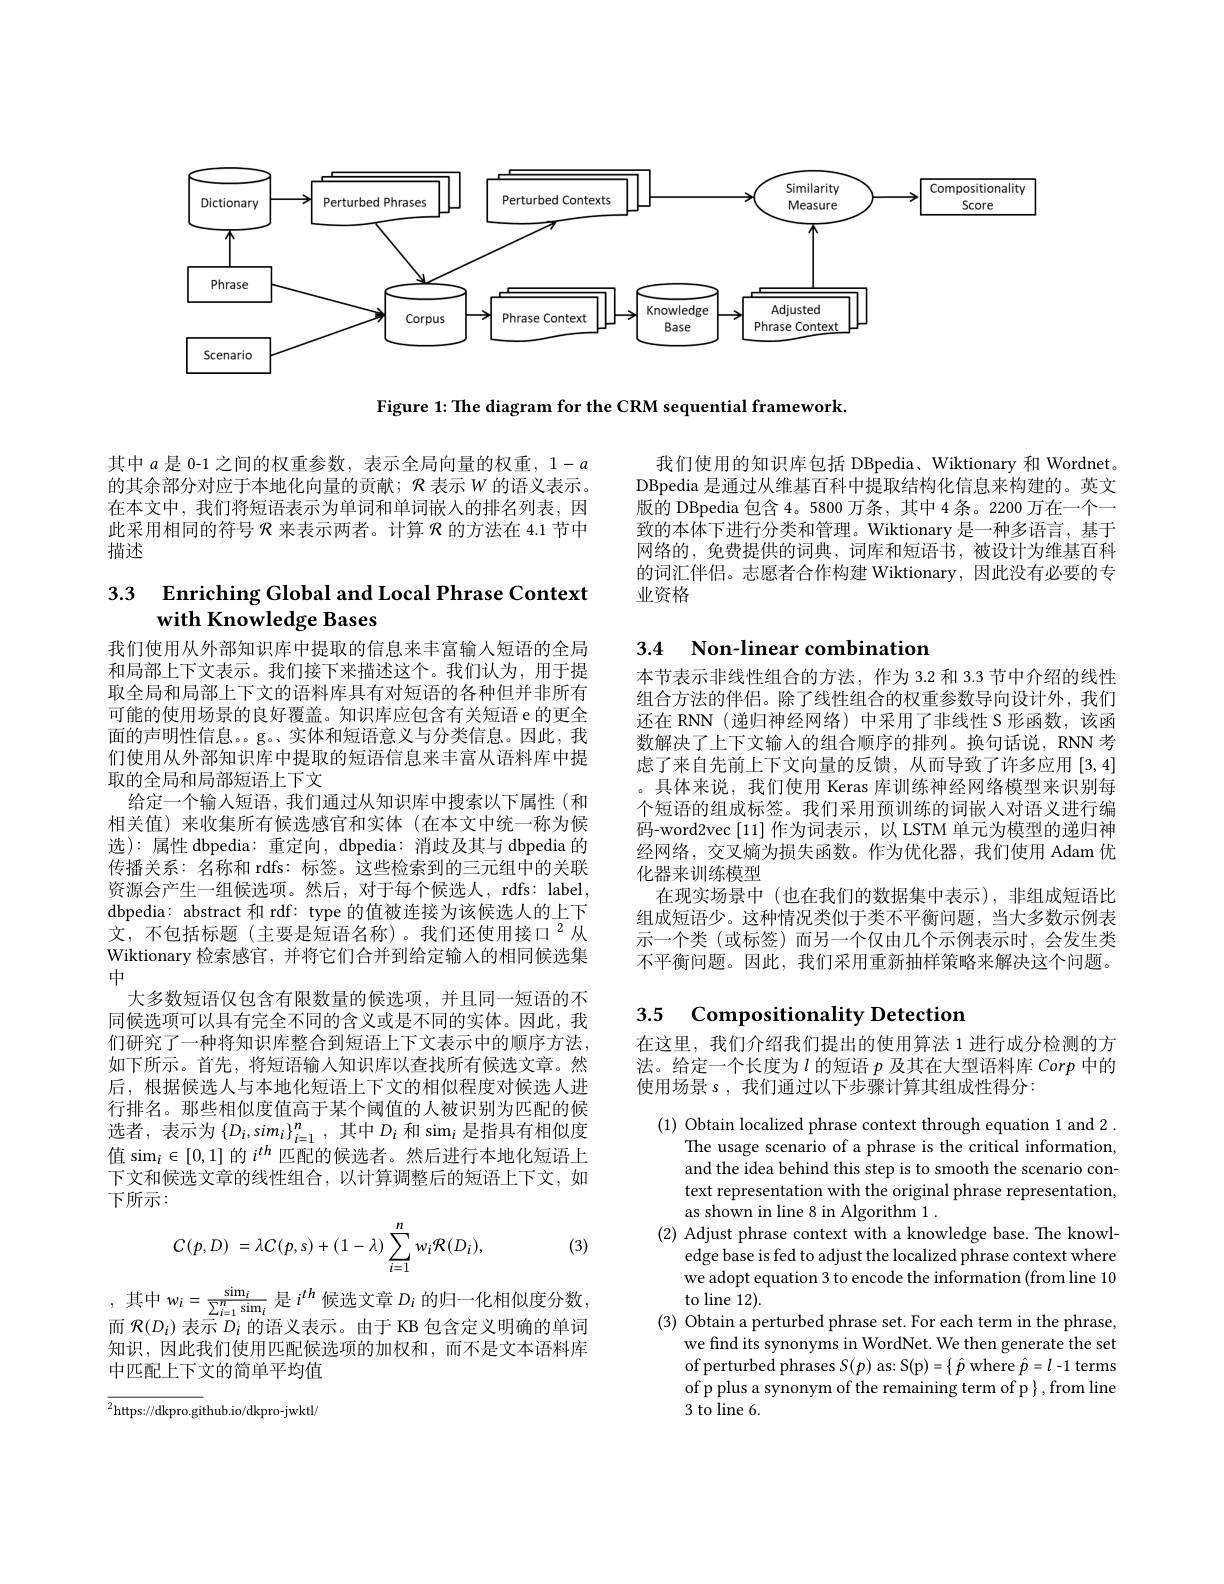
<FigureHere>

Figure 1: The diagram for the CRM sequential framework.

其中$a$是 0-1 之间的权重参数，表示全局向量的权重，$1-a$ 的其余部分对应于本地化向量的贡献；$\mathcal{R}$表示$W$的语义表示。在本文中，我们将短语表示为单词和单词嵌人的排名列表，因此采用相同的符号$\mathcal{R}$来表示两者。计算$\mathcal{R}$的方法在 4.1 节中描述

我们使用的知识库包括 DBpedia、Wiktionary 和 Wordnet。DBpedia 是通过从维基百科中提取结构化信息来构建的。英文版的 DBpedia 包含 4。5800 万条，其中 4 条。2200 万在一个一致的本体下进行分类和管理。Wiktionary 是一种多语言，基于网络的，免费提供的词典，词库和短语书，被设计为维基百科的词汇伴侣。志愿者合作构建 Wiktionary,因此没有必要的专业资格

# 3.3 Enriching Global and Local Phrase Context with Knowledge Bases

## 3.4 Non-linear combination

本节表示非线性组合的方法，作为 3.2 和 3.3 节中介绍的线性组合方法的伴侣。除了线性组合的权重参数导向设计外，我们还在 RNN (递归神经网络)中采用了非线性 S 形函数，该函数解决了上下文输入的组合顺序的排列。换句话说，RNN 考虑了来自先前上下文向量的反馈，从而导致了许多应用[3,4] 。具体来说，我们使用 Keras 库训练神经网络模型来识别每个短语的组成标签。我们采用预训练的词嵌人对语义进行编码-word2vec [11] 作为词表示，以 LSTM 单元为模型的递归神经网络，交叉熵为损失函数。作为优化器，我们使用 Adam 优化器来训练模型
在现实场景中 (也在我们的数据集中表示),非组成短语比组成短语少。这种情况类似于类不平衡问题，当大多数示例表示一个类(或标签)而另一个仅由几个示例表示时，会发生类不平衡问题。因此，我们采用重新抽样策略来解决这个问题。

我们使用从外部知识库中提取的信息来丰富输人短语的全局和局部上下文表示。我们接下来描述这个。我们认为，用于提取全局和局部上下文的语料库具有对短语的各种但并非所有可能的使用场景的良好覆盖。知识库应包含有关短语 e 的更全面的声明性信息。。g。实体和短语意义与分类信息。因此，我们使用从外部知识库中提取的短语信息来丰富从语料库中提取的全局和局部短语上下文
给定一个输人短语，我们通过从知识库中搜索以下属性(和相关值) 来收集所有候选感官和实体 (在本文中统一称为候选):属性 dbpedia: 重定向，dbpedia: 消歧及其与 dbpedia 的传播关系：名称和 rdfs: 标签。这些检索到的三元组中的关联资源会产生一组候选项。然后，对于每个候选人，rdfs: label, dbpedia: abstract 和 rdf: type 的值被连接为该候选人的上下文，不包括标题(主要是短语名称)。我们还使用接口$^{2}$从Wiktionary 检索感官，并将它们合并到给定输入的相同候选集中
大多数短语仅包含有限数量的候选项，并且同一短语的不同候选项可以具有完全不同的含义或是不同的实体。因此，我们研究了一种将知识库整合到短语上下文表示中的顺序方法， 如下所示。首先，将短语输入知识库以查找所有候选文章。然后，根据候选人与本地化短语上下文的相似程度对候选人进行排名。那些相似度值高于某个阈值的人被识别为匹配的候选者，表示为$\left\{D_i,sim_i\right\}_{i=1}^n$,其中$D_i$ 和$\operatorname{sim}_i$是指具有相似度值 sim$_i\in[0,1]$的$i^{th}$匹配的候选者。然后进行本地化短语上下文和候选文章的线性组合，以计算调整后的短语上下文，如下所示：
$$C(p,D)\:=\lambda C(p,s)+(1-\lambda)\sum_{i=1}^{n}w_{i}\mathcal{R}(D_{i}),$$
## 3.5 Compositionality Detection

在这里，我们介绍我们提出的使用算法 1 进行成分检测的方法。给定一个长度为$l$的短语$p$及其在大型语料库Corp中的使用场景 s , 我们通过以下步骤计算其组成性得分：

(3)

(1) Obtain localized phrase context through equation 1 and 2.
The usage scenario of a phrase is the critical information, and the idea behind this step is to smooth the scenario context representation with the original phrase representation as shown in line 8 in Algorithm 1 .
(2) Adjust phrase context with a knowledge base. The knowl-
edge base is fed to adjust the localized phrase context where we adopt equation 3 to encode the information (from line 10 to line 12).
(3) Obtain a perturbed phrase set. For each term in the phrase,
we find its synonyms in WordNet. We then generate the set $of perturbed phrases $S(p)$ as: S(p)=\{\:\hat{p}$ where $\hat{p}=l$-1 terms of p plus a synonym of the remaining term of p $\}$,from line 3 to line 6.

,其中$w_i=\frac{\mathrm{sim}_i}{\sum_{i=1}^n\mathrm{sim}_i}$是$i^th$候选文章$D_i$的归一化相似度分数，而$\varphi ($D)车元$D$,的证义丰元$=V$B 句令字义明确的单词而$\mathcal{R}(D_i)$表示$\bar{D}_i$的语义表示。由于 KB 包含定义明确的单词知识，因此我们使用匹配候选项的加权和，而不是文本语料库中匹配上下文的简单平均值

$^{2}$https://dkpro.github.io/dkpro-jwktl,